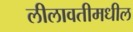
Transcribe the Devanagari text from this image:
लीलावतीमधील